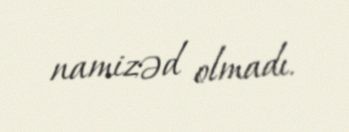
namizəd olmadı.